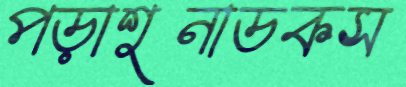
পড়াশুনাডকস